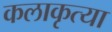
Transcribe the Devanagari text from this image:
कलाकृत्या